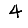
Digit: 4